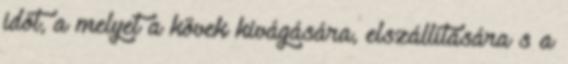
időt, a melyet a kövek kivágására, elszállítására s a